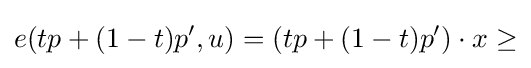
e(tp+(1-t)p^{\prime },u)=(tp+(1-t)p^{\prime })\cdot x\geq